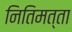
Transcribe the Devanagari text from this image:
नितिमत्ता